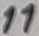
Text: 11